Plague in India, 1896, 1897 - Volume 3
Year: 1896
Disease focus: Plague
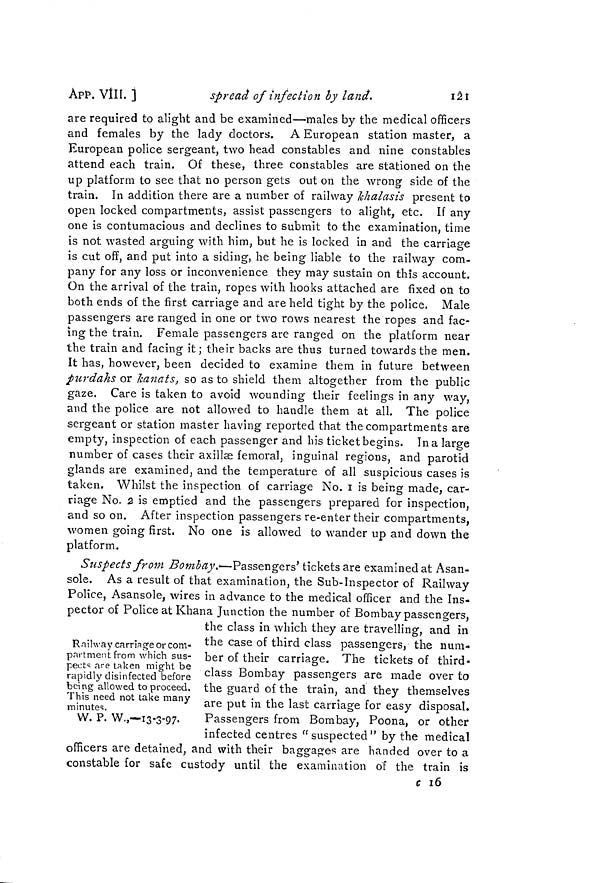
App. VÍII. ]
sircad of infection by land.
iai
are required to alight and be examined—males by the medical officers
and females by the lady doctors. A European station master, a
European police sergeant, two head constables and nine constables
attend each train. Of these, three constables are stationed on the
up platform to see that no person gets out on the wrong side of the
train. In addition there are a number of railway Ichalasis present to
open locked compartments, assist passengers to alight, etc. If any
one is contumacious and declines to submit to the examination, time
is not wasted arguing with him, but he is locked in and the carriage
is cut off, and put into a siding, he being liable to the railway com-
pany for any loss or inconvenience they may sustain on this account.
On the arrival of the train, ropes with hooks attached are fixed on to
both ends of the first carriage and are held tight by the police. Male
passengers are ranged in one or two rows nearest the ropes and fac-
ing the train. Female passengers are ranged on the platform near
the train and facing it; their backs are thus turned towards the men.
It has, however, been decided to examine them in future between
purdahs or Jcanats, so as to shield them altogether from the public
gaze. Care is taken to avoid wounding their feelings in any way,
and the police are not allowed to handle them at all. The police
sergeant or station master having reported that the compartments are
empty, inspection of each passenger and his ticket begins. Ina large
number of cases their axillae femoral, inguinal regions, and parotid
glands are examined, and the temperature of all suspicious cases is
taken. Whilst the inspection of carriage No. i is being made, car-
riage No. 2 is emptied and the passengers prepared for inspection,
and so on. After inspection passengers re-enter their compartments,
women going first. No one is allowed to wander up and down the
platform.
Rnihvay carriage or com-
partment from which sus-
pect^ are taken might be
rapidly disinfected before
being allowed to proceed.
This need not take many
minutes.
W. P. W.,-13-3-97.
Suspects from Bombay.-— Passengers' tickets are examined at Asan-
sole. As a result of that examination, the Sub-Inspector of Railway
Police, Asansole, wires in advance to the medical officer and the Ins-
pector of Police at Khana Junction the number of Bombay passengers.
the class in which they are travelling, and in
the case of third class passengers, the num-
ber of their carriage. The tickets of third-
class Bombay passengers are made over to
the guard of the train, and they themselves
are put in the last carriage for easy disposal.
Passengers from Bombay, Poona, or other
infected centres "suspected" by the medical
officers are detained, and with their baggag-es are handed over to a
constable for safe custody until the examin:ition of the train is
c 16